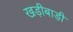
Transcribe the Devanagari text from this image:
खड़ीबाड़ी